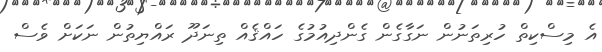
އެ މިސްކިތް ހުރިތަނުން ނަގާގެން ގެންދިއުމުގެ ހައްޤެއް ތިނަދޫ ރައްޔިތުން ނަކަށް ވެސް